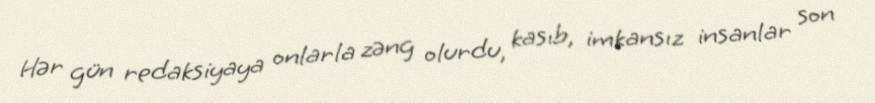
Hər gün redaksiyaya onlarla zəng olurdu, kasıb, imkansız insanlar son